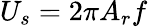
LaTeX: U_{s}=2\pi A_{r}f